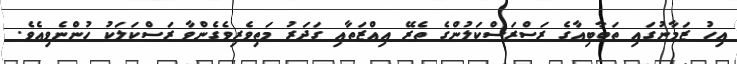
އިހު ޒަމާނުގައި ތަބާބިއާގެ ރަސްރަސްކަލުންގެ ތެރޭ އިއްޒަތާއި ގަދަރު މަތިވެރިވެގެންވާ ރަސްކަލަކު ހުންނެވިއެވެ.